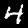
Label: 4